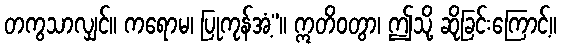
တကွသာလျှင်။ ကရောမ၊ ပြုကုန်အံ့”။ ဣတိဝတွာ၊ ဤသို့ ဆိုခြင်းကြောင့်။